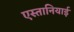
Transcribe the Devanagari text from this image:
एस्तानियाई